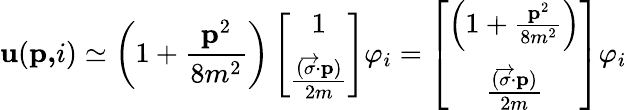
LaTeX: \mathbf{u}(\mathbf{{p,}}i)\simeq\left(1+\frac{{\mathbf{{p}}^{2}}}{{8m^{2}}}\right)\left[\begin{array}{c}{{1}}\\ {{\frac{(\overrightarrow{\mathbf{\sigma}}\mathbf{\cdot p})}{2m}}}\end{array}\right]\varphi_{i}=\left[\begin{array}{c}{{\left(1+\frac{\mathbf{p}^{2}}{8m^{2}}\right)}}\\ {{\frac{(\overrightarrow{\mathbf{\sigma}}\mathbf{\cdot p})}{2m}}}\end{array}\right]\varphi_{i}